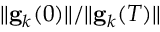
\| \mathbf { g } _ { k } ( 0 ) \| / \| \mathbf { g } _ { k } ( T ) \|